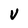
Character: V